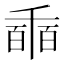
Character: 𠃇